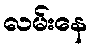
လမ်းနေ